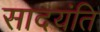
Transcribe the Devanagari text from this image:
सादयंति